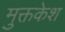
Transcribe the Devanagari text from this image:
मुक्तकेश